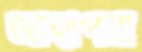
জাহাপনা